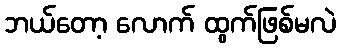
ဘယ်တော့ လောက် ထွက်ဖြစ်မလဲ